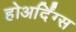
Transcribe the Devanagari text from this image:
होअर्दिंग्स